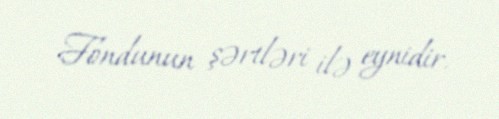
Fondunun şərtləri ilə eynidir.